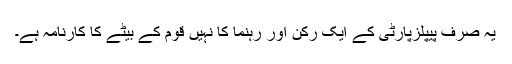
یہ صرف پیپلزپارٹی کے ایک رکن اور رہنما کا نہیں قوم کے بیٹے کا کارنامہ ہے۔